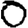
Digit: 0